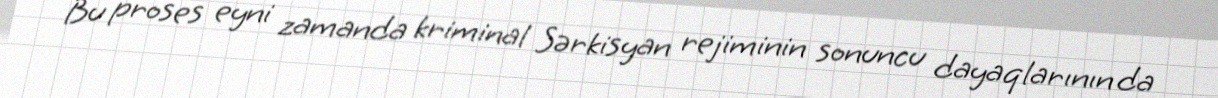
Bu proses eyni zamanda kriminal Sərkisyan rejiminin sonuncu dayaqlarının da